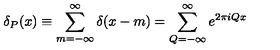
\delta _ { P } ( x ) \equiv \sum _ { m = - \infty } ^ { \infty } \delta ( x - m ) = \sum _ { Q = - \infty } ^ { \infty } e ^ { 2 \pi i Q x }